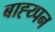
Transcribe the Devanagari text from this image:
बाह्य्पन